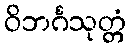
ဝိဘင်္ဂသုတ္တံ